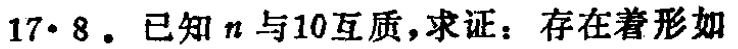
$17\cdot 8.$ 已知$n$与$10$互质，求证：存在着形如